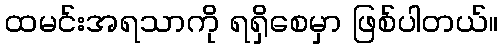
ထမင်းအရသာကို ရရှိစေမှာ ဖြစ်ပါတယ်။